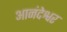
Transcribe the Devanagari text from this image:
आनंदेश्वर